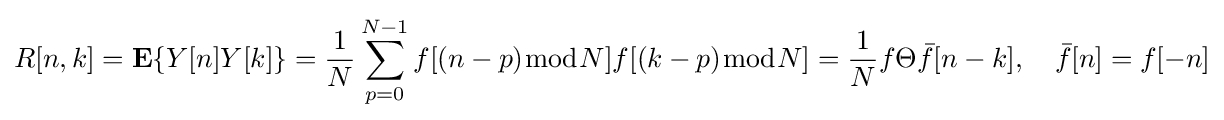
R[n,k]=\mathbf {E} \{Y[n]Y[k]\}={\frac {1}{N}}\sum _{p=0}^{N-1}f[(n-p){\bmod {N}}]f[(k-p){\bmod {N}}]={\frac {1}{N}}f\Theta {\bar {f}}[n-k],\quad {\bar {f}}[n]=f[-n]